Punjab Mental Hospital Lahore 1922-31 - 1922-1931
Year: 1922
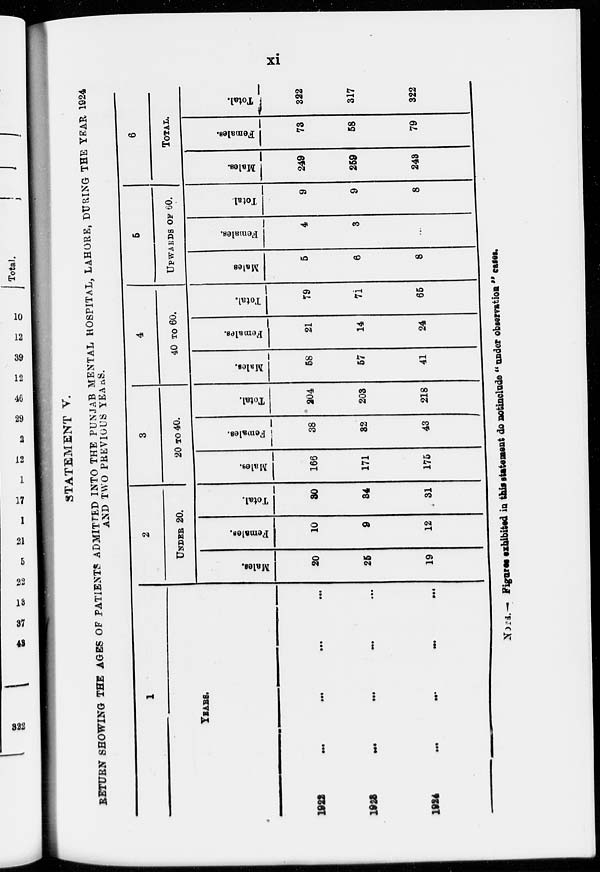
xi
STATEMENT V.
RETURN SHOWING THE AGES OF PATIENTS ADMITTED INTO THE PUNJAB MENTAL HOSPITAL, LAHORE, DURING THE YEAR 1924
AND TWO PREVIOUS YEARS.
1
YEARS.
1922 ... ... ... ...
1923 ... ... ... ...
1924 ... ... ... ...
2
UNDER 20.
Males.
20
26
19
Females.
10
9
12
Total.
30
34
31
3
20 TO 40.
Males.
166
171
175
Females.
38
32
43
Total.
204
203
218
4
40 TO 60.
Males.
58
57
41
Females.
21
14
24
Total.
79
71
65
5
UPWARDS OF 60.
Males.
5
6
8
Females.
4
3
...
Total.
9
9
8
6
TOTAL.
Males.
249
259
243
Females.
73
58
79
Total.
322
317
322
NOTE.— Figures exhibited in this statement do notinclude " under observation " cases.